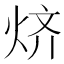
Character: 𱫅